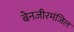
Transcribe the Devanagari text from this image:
बेनजीरमंजिल